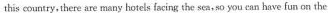
this country,there are many hotels facingg the sea.so you can have fun on the